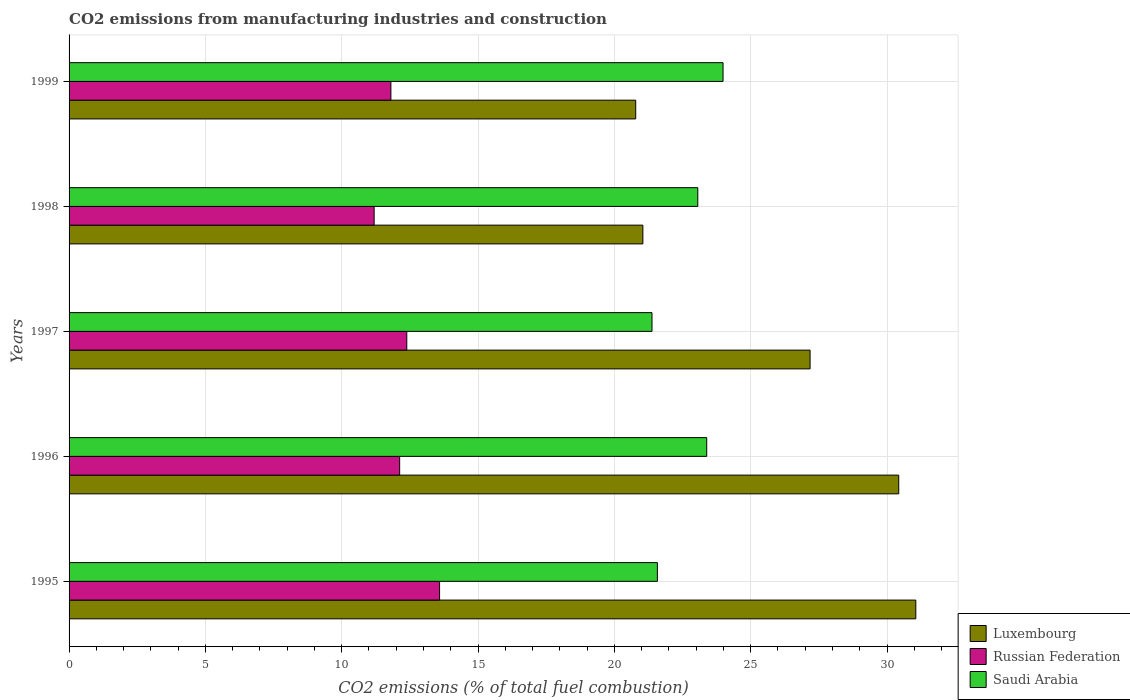
| Years | Luxembourg | Russian Federation | Saudi Arabia |
 | --- | --- | --- | --- |
 | 1995 | 31.1 | 13.6 | 21.6 |
 | 1996 | 30.4 | 12.1 | 23.4 |
 | 1997 | 27.2 | 12.4 | 21.4 |
 | 1998 | 21 | 11.2 | 23.1 |
 | 1999 | 20.8 | 11.8 | 24 |